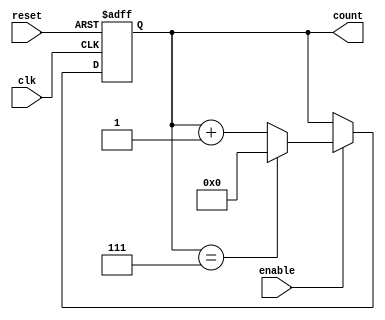
module mod_n_async_counter #(parameter N = 8) (
    input wire clk,          // Clock input
    input wire reset,        // Asynchronous reset input
    input wire enable,       // Enable input
    output reg [N-1:0] count // Output count
);

    // Calculate the number of bits needed for the counter
    localparam WIDTH = $clog2(N);

    // Asynchronous reset and counting logic
    always @(posedge clk or posedge reset) begin
        if (reset) begin
            count <= 0; // Reset the counter to 0
        end else if (enable) begin
            if (count == (N - 1)) begin
                count <= 0; // Reset to 0 when reaching N
            end else begin
                count <= count + 1; // Increment the counter
            end
        end
    end

endmodule